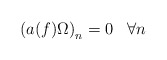
\begin{align*}\left( a(f)\Omega \right) _{n}=0\;\;\;\forall n\end{align*}